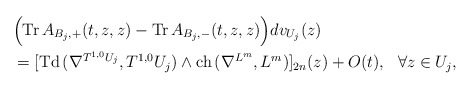
\begin{align*} &\Bigr(\mathrm{Tr\,}A_{B_j,+}(t,z,z)-\mathrm{Tr\,}A_{B_j,-}(t,z,z)\Bigr)dv_{U_j}(z) \\&=[\mathrm{Td\,}(\nabla^{T^{1,0}U_j},T^{1,0}U_j)\wedge\mathrm{ch\,}(\nabla^{L^m},L^m)]_{2n}(z)+O(t),\ \ \forall z\in U_j,\end{align*}